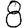
Digit: 8